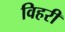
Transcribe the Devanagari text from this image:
विहरी